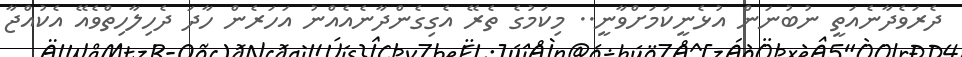
ދެރަވެދާނެއަތީ ނުބުނަން އުޅެނީކަމަށްވާނީ.. މިކަމުގެ ތެރޭ އެގިގެންދާނެއެއްނު އަހަރެން ހާދަ ދެހިލާހިތްވެއޭ އެކުއްޖާ